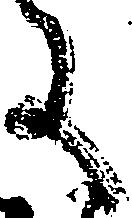
に